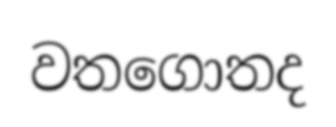
වතගොතද